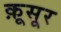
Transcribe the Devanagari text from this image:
क़ूसूर